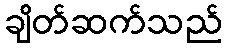
ချိတ်ဆက်သည်